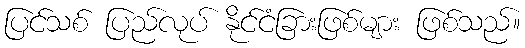
ပြင်သစ် ပြည်လုပ် နိုင်ငံခြားဖြစ်များ ဖြစ်သည်။